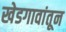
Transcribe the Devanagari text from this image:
खेडगावांतून